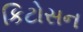
કિટોસન